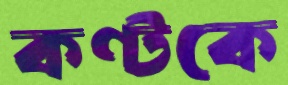
কণ্টকে